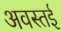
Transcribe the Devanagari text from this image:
अवस्तई